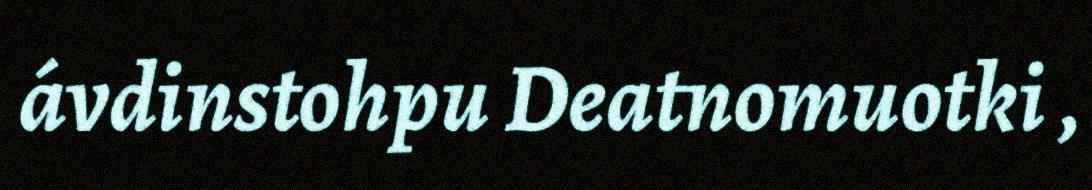
ávdinstohpu Deatnomuotki ,